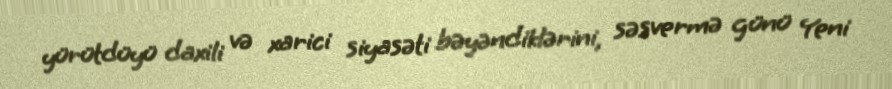
yürütdüyü daxili və xarici siyasəti bəyəndiklərini, səsvermə günü Yeni